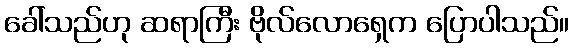
ခေါ်သည်ဟု ဆရာကြီး ဗိုလ်လောရှေက ပြောပါသည်။